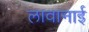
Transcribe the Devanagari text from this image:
लावानाई